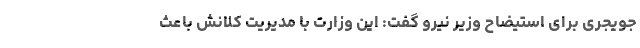
جویجری برای استیضاح وزیر نیرو گفت: این وزارت با مدیریت کلانش باعث